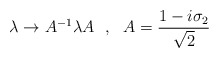
\begin{align*}\lambda \rightarrow A^{-1} \lambda A~~,~~ A = \frac{1- i\sigma_2}{\sqrt{2}}\end{align*}